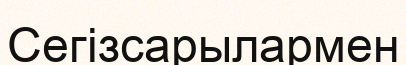
Сегізсарылармен